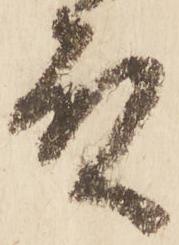
殿